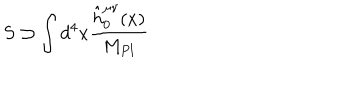
S \supset \int d ^ { 4 } x { \frac { \hat { h } _ { 0 } ^ { \mu \nu } ( x ) } { M _ { P l } } }